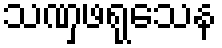
သဏှဖရုသေန